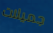
جميلات